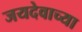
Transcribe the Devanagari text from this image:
जयदेवाच्या